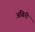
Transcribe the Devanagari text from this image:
अबिरी